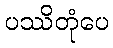
ပဿိတုံပေ